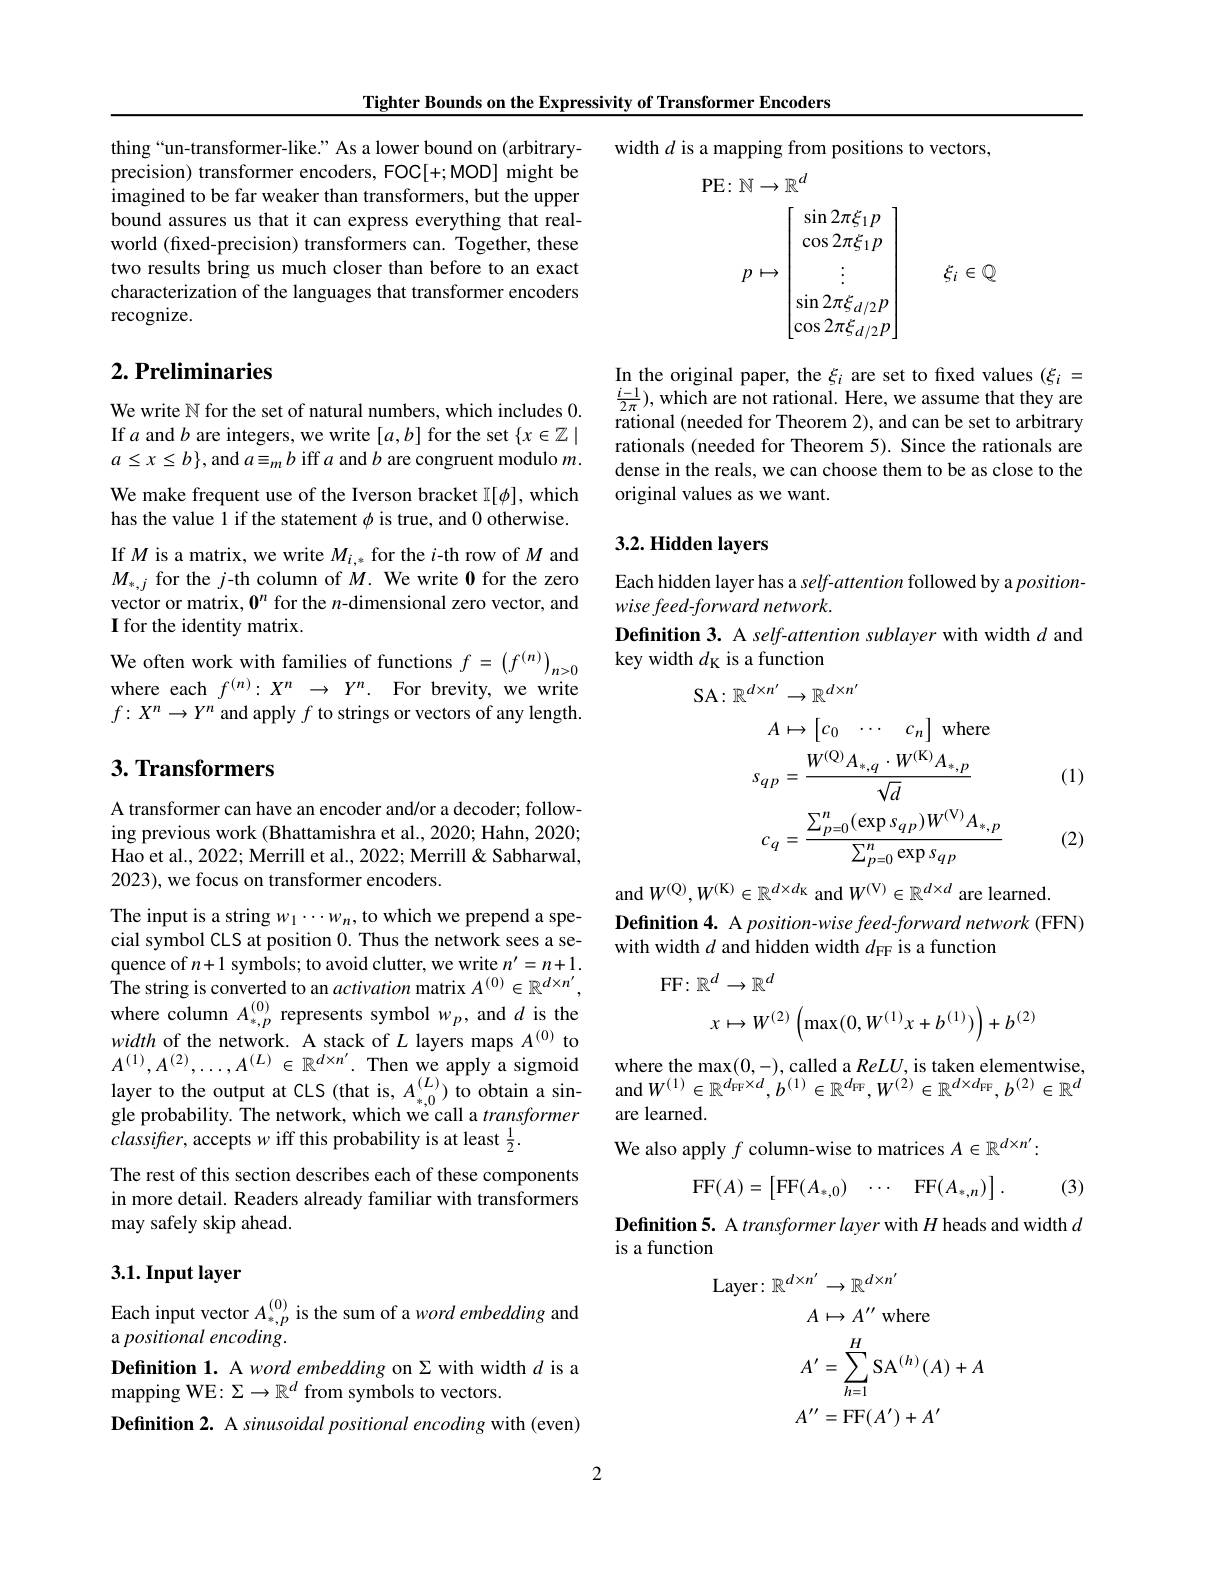
Tighter Bounds on the Expressivity of Transformer Encoders

thing“un-transformer-like.” As a lower bound on (arbitraryprecision) transformer encoders, FOC[+;MOD] might be imagined to be far weaker than transformers, but the upper bound assures us that it can express everything that realworld (fixed-precision) transformers can. Together, these two results bring us much closer than before to an exact characterization of the languages that transformer encoders recognize.

## $2. \textbf{ Preliminaries}$

We write $\mathbb{N}$ for the set of natural numbers, which includes 0. If $a$ and $b$ are integers, we write $[a,b]$ for the set $\{x\in\mathbb{Z}\mid$ $a\leq x\leq b\}$,and $a\equiv_mb$ iff $a$ and $b$ are congruent modulo $m.$ We make frequent use of the Iverson bracket $\mathbb{I}[\phi]$, which has the value 1 if the statement $\phi$ is true, and 0 otherwise. If $M$ is a matrix, we write $M_{i,*}$ for the $i$-th row of $M$ and $M_{*,j}$ for the $j$-th column of $M.$ We write 0 for the zero vector or matrix, $0^n$ for the $n$-dimensional zero vector, and I for the identity matrix.
We often work with families of functions $f=\left(f^{(n)}\right)_{n>0}$ where each $f^{(n)}:X^n\to Y^n.$ For brevity, we write $f\colon X^n\to Y^n$ and apply $f$ to strings or vectors of any length

## 3. Transformers

A transformer can have an encoder and/or a decoder; following previous work (Bhattamishra et al., 2020; Hahn, 2020; Hao et al., 2022; Merrill et al., 2022; Merrill & Sabharwal, 2023), we focus on transformer encoders.

The input is a string $w_1\cdots w_n$,to which we prepend a special symbol CLS at position 0. Thus the network sees a sequence of $n+1$ symbols; to avoid clutter, we write $n^\prime=n+1.$ ${\overset{\mathrm{The~string~is~converted~to~an~}activation~matrix~}A^{(0)}\in\mathbb{R}^{d\times n^{\prime}},}$ where column $A_*,p^{(0)}$ represents symbol $w_p$, and $d$ is the width of the network. A stack of $L$ layers maps $A^{(0)}$ to $A^{(1)},A^{(2)},\ldots,A^{(L)}\in\mathbb{R}^{d\times n^{\prime}}.$Then we apply a sigmoid layer to the output at CLS (that is, $A_{*,0}^{(L)})$ to obtain a single probability. The network, which wé call a transformer $classifter$, accepts $w$ iff this probability is at least $\frac12.$
The rest of this section describes each of these components in more detail. Readers already familiar with transformers may safely skip ahead.

## 3.1.Input layer

Each input vector $A_{*,p}^{(0)}$ is the sum of a word embedding and
a positional encoding.
Definition 1. A word embedding on $\Sigma$ with width $d$ is a
mapping WE: $\Sigma\to\mathbb{R}^d$ from symbols to vectors.
Definition 2. A sinusoidal positional encoding with (even)

width $d$ is a mapping from positions to vectors,
$$\begin{aligned}&:\mathbb{N}\to\mathbb{R}^{d}\\&p\mapsto\begin{bmatrix}\sin2\pi\xi_{1}p\\\cos2\pi\xi_{1}p\\\vdots\\\sin2\pi\xi_{d/2}p\\\cos2\pi\xi_{d/2}p\end{bmatrix}\quad\xi_{i}\in\mathbb{Q}\end{aligned}$$
In the original paper, the $\xi_i$ are set to fixed values $(\xi_i=$ $\frac{i-1}{2\pi})$,which are not rational. Here, we assume that they are rational (needed for Theorem 2), and can be set to arbitrary rationals (needed for Theorem 5). Since the rationals are dense in the reals, we can choose them to be as close to the original values as we want.

## 3.2. Hidden layers

Each hidden layer has a self-attention followed by a position-
wise feed-forward network.
Definition 3. A self-attention sublayer with width $d$ and
key width $d_\mathrm{K}$ is a function
$$\begin{aligned}\mathrm{A}:\mathbb{R}^{d\times n^{\prime}}&\to\mathbb{R}^{d\times n^{\prime}}\\A&\mapsto\begin{bmatrix}c_{0}&\cdots&c_{n}\end{bmatrix}\mathrm{~where}\\s_{qp}&=\frac{W^{(\mathrm{Q})}A_{*,q}\cdot W^{(\mathrm{K})}A_{*,p}}{\sqrt{d}}\\c_{q}&=\frac{\sum_{p=0}^{n}(\exp s_{qp})W^{(\mathrm{V})}A_{*,p}}{\sum_{p=0}^{n}\exp s_{qp}}\end{aligned}$$
(1)

(2)

and $W^{(\mathrm{Q})},W^{(\mathrm{K})}\in\mathbb{R}^{d\times d_\mathrm{k}}$ and $W^{(\mathrm{V})}\in\mathbb{R}^{d\times d}$ are learned.
Definition 4. A position-wise feed-forward network (FFN)
with width $d$ and hidden width $d_\mathrm{FF}$ is a function
$$x\mapsto W^{(2)}\left(\max(0,W^{(1)}x+b^{(1)})\right)+b^{(2)}$$
where the max(0,-),called a $ReLU$,is taken elementwise
and
$$W^{(1)}\in\mathbb{R}^{d_{\mathrm{FF}}\times d},b^{(1)}\in\mathbb{R}^{d_{\mathrm{FF}}},W^{(2)}\in\mathbb{R}^{d\times d_{\mathrm{FF}}},b^{(2)}\in\mathbb{R}^{a}$$
are learned.
We also apply $f$ column-wise to matrices $A\in\mathbb{R}^d\times n^{\prime}:$
$$\mathrm{FF}(A)=\begin{bmatrix}\mathrm{FF}(A_{*,0})&\cdots&\mathrm{FF}(A_{*,n})\end{bmatrix}.$$
(3)

Definition 5. A transformer layer with $H$ heads and width $d$
is a function
$$\begin{aligned}&A^{\prime}=\sum_{h=1}^{H}\mathrm{SA}^{(h)}(A)+A\\&A^{\prime\prime}=\mathrm{FF}(A^{\prime})+A^{\prime}\end{aligned}$$
2